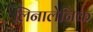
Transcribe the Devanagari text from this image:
लिनालेनिक